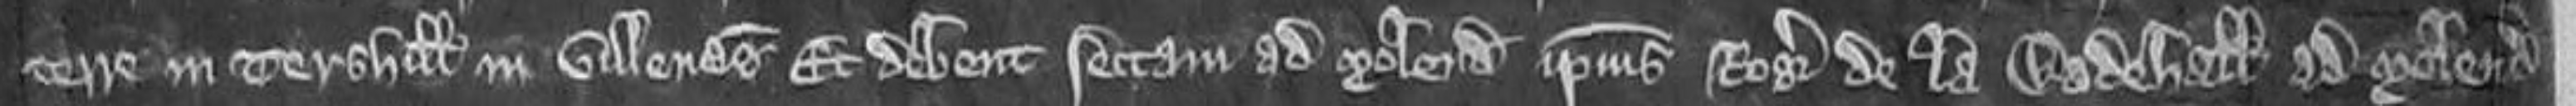
terre in Tershill in villenagium Et debent sectam ad molendinum ipsius Rogeri de la Wodehall ad molendum